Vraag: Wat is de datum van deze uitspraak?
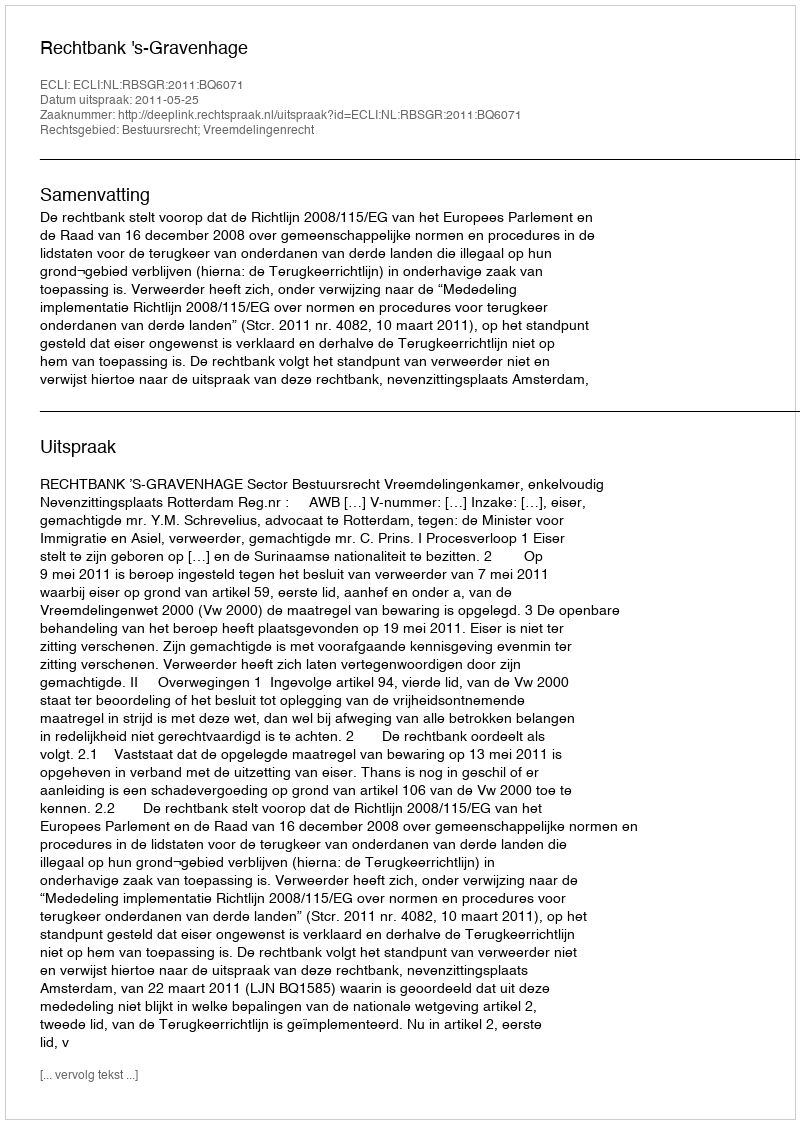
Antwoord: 2011-05-25